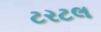
ટરટલ